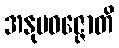
အနုပဝဇ္ဇောတိ